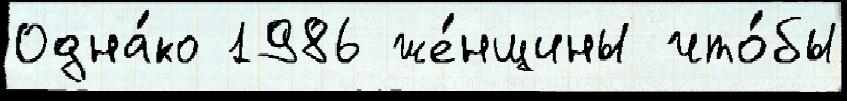
Одна́ко 1986 же́нщины что́бы